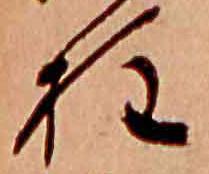
柱